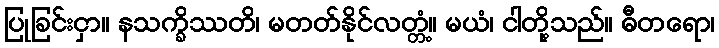
ပြုခြင်းငှာ။ နသက္ခိဿတိ၊ မတတ်နိုင်လတ္တံ့။ မယံ၊ ငါတို့သည်။ ဓီတရော၊